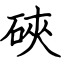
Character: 硤